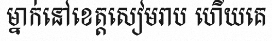
ម្នាក់នៅខេត្តសៀមរាប ហើយគេ